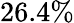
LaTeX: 26.4\%